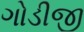
ગોડીજી